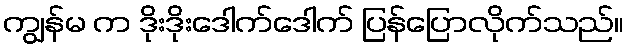
ကျွန်မ က ဒိုးဒိုးဒေါက်ဒေါက် ပြန်ပြောလိုက်သည်။